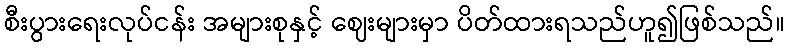
စီးပွားရေးလုပ်ငန်း အများစုနှင့် ဈေးများမှာ ပိတ်ထားရသည်ဟူ၍ဖြစ်သည်။